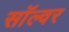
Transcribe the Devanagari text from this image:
सॉल्वर